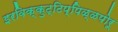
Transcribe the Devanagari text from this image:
इरविक्कुट्टिप्पिळ्ळपोरू